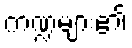
ကဏ္ဍများ၏